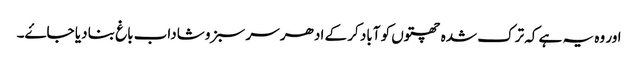
اور وہ یہ ہے کہ ترک شدہ چھتوں کو آباد کر کے ادھر سر سبز و شاداب باغ بنا دیا جاۓ۔